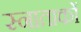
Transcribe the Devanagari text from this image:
स्नाताकों